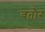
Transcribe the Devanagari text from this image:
वतौर